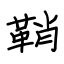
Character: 鞘